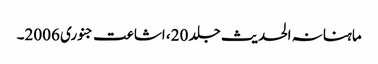
ماہنانہ الحدیث جلد 20، اشاعت جنوری 2006۔